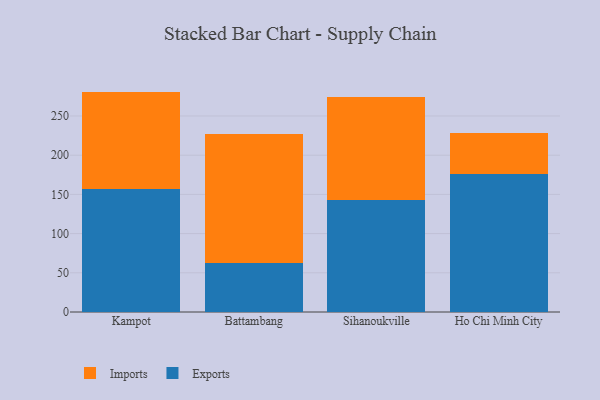
{"axis": {"x": "City", "y": "Inventory Turnover"}, "legend": ["Exports", "Imports"], "data": [{"x": "Kampot", "y": 157.1, "type": "Exports"}, {"x": "Kampot", "y": 124.0, "type": "Imports"}, {"x": "Battambang", "y": 62.5, "type": "Exports"}, {"x": "Battambang", "y": 164.3, "type": "Imports"}, {"x": "Sihanoukville", "y": 142.6, "type": "Exports"}, {"x": "Sihanoukville", "y": 132.2, "type": "Imports"}, {"x": "Ho Chi Minh City", "y": 175.7, "type": "Exports"}, {"x": "Ho Chi Minh City", "y": 53.1, "type": "Imports"}]}